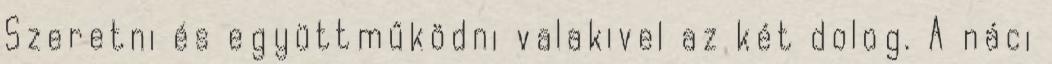
Szeretni és együttműködni valakivel az két dolog. A náci